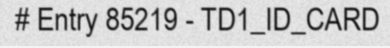
# Entry 85219 - TD1_ID_CARD